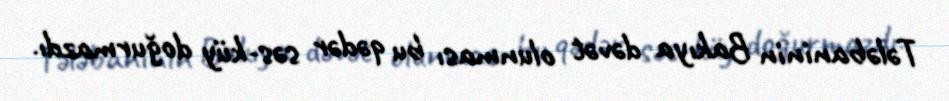
Tələbaninin Bakıya dəvət olunması bu qədər səs-küy doğurmazdı.